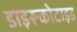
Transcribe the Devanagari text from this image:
डाइरूकोटाइड